Rules and regulations of the Bombay Veterinary College
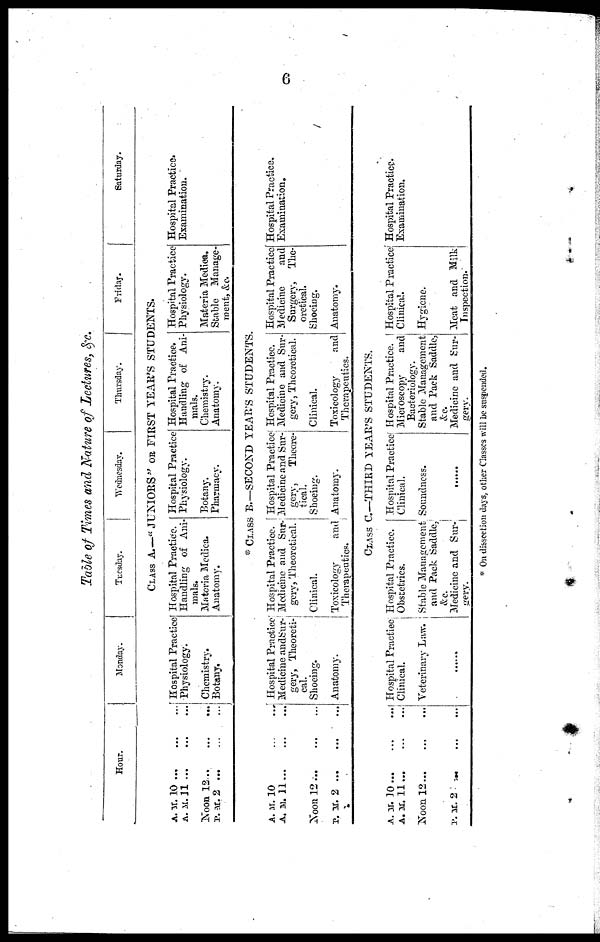
6
Table of Times and Nature of Lectures, &c.
Hour.
A.M. 10
A. M. 11
Noon 12...
P. M. 2
A. M. 10
A. M. 11 ...
Noon 12
.
P. M. 2
A. M. 10
A. M. 11 ...
Noon 12
.
P. M. 2 ...
Monday.
Tuesday.
Wednesday.
Thursday.
Friday.
Saturday.
CLASS A.—"JUNIORS" OR FIRST YEAR'S STUDENTS.
Hospital Practice
Physiology.
Chemistry.
Botany.
Hospital Practice.
Handling of Ani-
mals.
Materia Medica.
Anatomy.
Hospital Practice
Physiology.
Botany.
Pharmacy.
Hospital Practice.
Handling of Ani-
mals.
Chemistry.
Anatomy.
Hospital Practice
Physiology.
Materia Medica.
Stable Manage-
ment, &c.
Hospital Practice.
Examination.
* CLASS B—SECOND YEAR'S STUDENTS.
Hospital Practice
Medicine and Sur¬
gery, Theoreti¬
cal.
Shoeing.
Anatomy.
Hospital Practice.
Medicine and Sur-
gery, Theoretical,
Clinical.
Toxicology
and
Therapeutics.
Hospital Practice
Medicine and Sur-
gery,
Theore-
tical.
Shoeing.
Anatomy,
Hospital Practice.
Medicine and Sur-
gery, Theoretical.
Clinical.
Toxicology
and
Therapeutics.
CLASS C—THIRD YEAE'S STUDENTS.
Hospital Practice
Clinical.
Veterinary Law.
Hospital Practice.
Obstetrics.
Stable Management
and Pack Saddle,
&c.
Medicine and Sur¬
gery.
Hospital Practice
Clinical.
Soundness.
Hospital Practice.
Microscopy
and
Bacteriology.
Stable Management
and Pack Saddle,
&c.
Medicine and Sur-
gery.
Hospital Practice
Medicine
and
Surgery, The
oretical.
Shoeing.
Anatomy.
Hospital Practice.
Examination,
Hospital Practice
Clinical.
Hygiene.
Meat and Milk
Inspection.
Hospital Practice.
Examination.
* On dissection days, other Classes will be suspended.